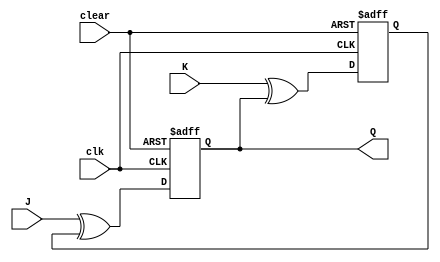
module JK_FlipFlop (
    input wire J,
    input wire K,
    input wire clk,
    input wire clear,
    output reg Q
);

reg D1, D2, Q1, Q2;

// D flip-flop 1
always @(posedge clk or posedge clear)
begin
    if (clear)
        D1 <= 1'b0;
    else
        D1 <= J ^ Q2;
end

// D flip-flop 2
always @(posedge clk or posedge clear)
begin
    if (clear)
        D2 <= 1'b1;
    else
        D2 <= K ^ Q1;
end

// Multiplexer to select D input to second flip-flop
assign Q1 = D1;
assign Q2 = D2;

// Output Q
assign Q = Q1;

endmodule